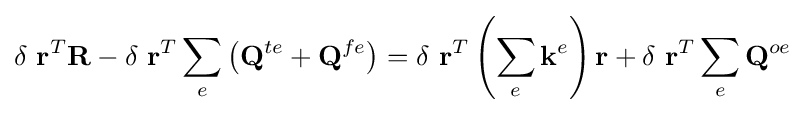
\delta \ \mathbf {r} ^{T}\mathbf {R} -\delta \ \mathbf {r} ^{T}\sum _{e}\left(\mathbf {Q} ^{te}+\mathbf {Q} ^{fe}\right)=\delta \ \mathbf {r} ^{T}\left(\sum _{e}\mathbf {k} ^{e}\right)\mathbf {r} +\delta \ \mathbf {r} ^{T}\sum _{e}\mathbf {Q} ^{oe}